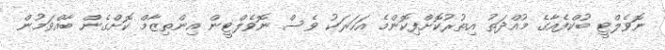
ނޮވެލްޓީ ބުކްފެއާގެ މުއްދަތު އިތުރުކޮށްފިކޮންމެ އަހަރަކު ވެސް ނޮވެލްޓީން އިންތިޒާމް ކޮށްގެން ބާއްވަމުން